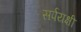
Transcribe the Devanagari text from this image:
सर्पयक्षी